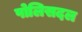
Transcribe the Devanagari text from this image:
पोलिसदल